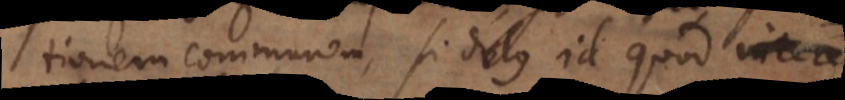
aestimationem communem, si dolus id quod interest